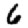
Digit: 6